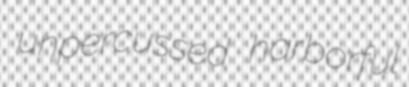
unpercussed harborful